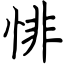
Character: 悱